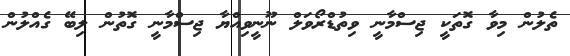
ތެލުން މިވާ ގޮތަކީ ޖިސްމާނީ ވިތުޑްރޯވަލް ނޫނީވިއްޔާ ޖިސްމާނީ ގޮތުން ލިބޭ ގެއްލުން